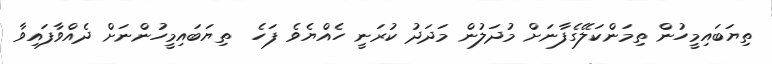
ތިޔަބައިމީހުން ތިމަންކަލޭގެފާނަށް މުދަލުން މަދަދު ކުރަނީ ހެއްޔެވެ ފަހެ  ތިޔަބައިމީހުންނަށް ދެއްވާފައިވާ